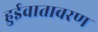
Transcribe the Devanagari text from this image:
हुईवातावरण